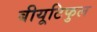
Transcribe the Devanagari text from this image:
बीयूटिफुल